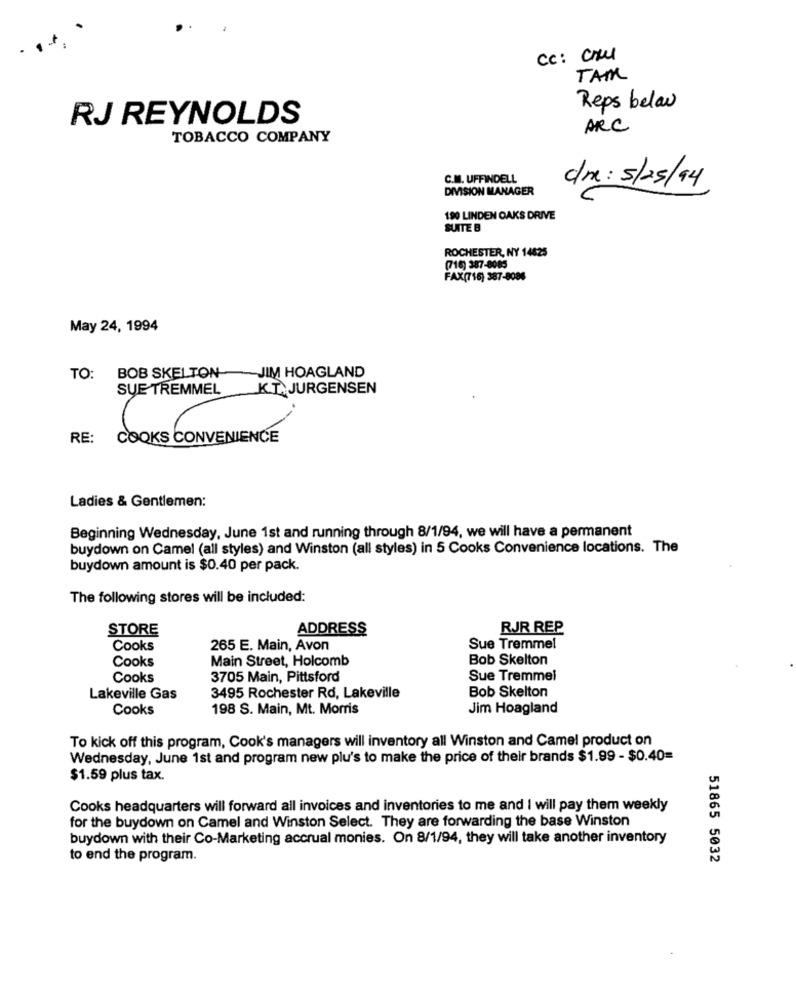
Cc: cru
TAM
Reps below
RJ REYNOLDS
ARC
TOBACCO COMPANY
C.M. UFFINDELL
DIVISION MANAGER
dr: 5/25/94
190 LINDEN OAKS DRIVE
SUITE B
ROCHESTER, NY 14625
(716) 387-8085
FAX(716) 387-8086
May 24, 1994
-JIM HOAGLAND
TO: BOB SKELTON
SUE TREMMEL
KT. JURGENSEN
RE:
COOKS CONVENIENCE
Ladies & Gentlemen:
Beginning Wednesday, June 1st and running through 8/1/94, we will have a permanent
buydown on Camel (all styles) and Winston (all styles) in 5 Cooks Convenience locations. The
buydown amount is $0.40 per pack.
The following stores will be included:
STORE
ADDRESS
RJR REP
Cooks
265 E. Main, Avon
Sue Tremmel
Cooks
Main Street, Holcomb
Bob Skelton
Cooks
3705 Main, Pittsford
Sue Tremmel
Bob Skelton
Lakeville Gas
3495 Rochester Rd, Lakeville
Cooks
198 S. Main, Mt. Morris
Jim Hoagland
To kick off this program, Cook's managers will inventory all Winston and Camel product on
Wednesday, June 1st and program new plu's to make the price of their brands $1.99 - $0.40=
$1.59 plus tax.
Cooks headquarters will forward all invoices and inventories to me and I will pay them weekly
for the buydown on Camel and Winston Select. They are forwarding the base Winston
buydown with their Co-Marketing accrual monies. On 8/1/94, they will take another inventory
to end the program.
51865 5032